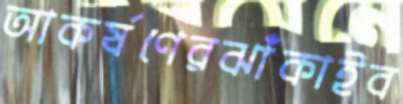
আকর্ষণেরঝাঁকাইব